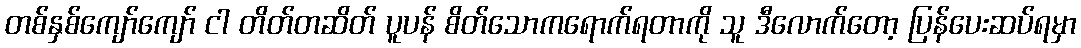
တစ်နှစ်ကျော်ကျော် ငါ တိတ်တဆိတ် ပူပန် စိတ်သောကရောက်ရတာကို သူ ဒီလောက်တော့ ပြန်ပေးဆပ်ရမှာ